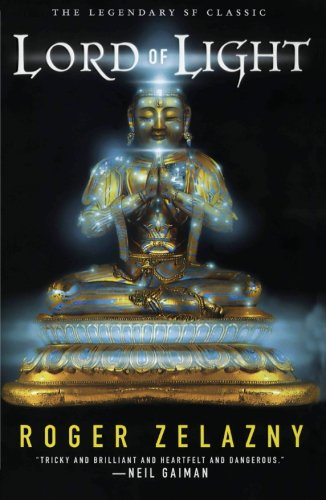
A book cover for Lord of Light; Roger Zelazny; Science Fiction & Fantasy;